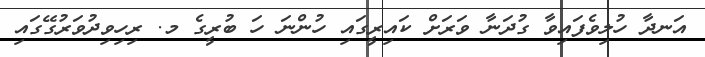
އަނދާ ހުލިވެފައިވާ ގުދަނާ ވަރަށް ކައިރީގައި ހުންނަ ހަ ބުރީގެ މ. ރިހިވިދުވަރުގޭގައި